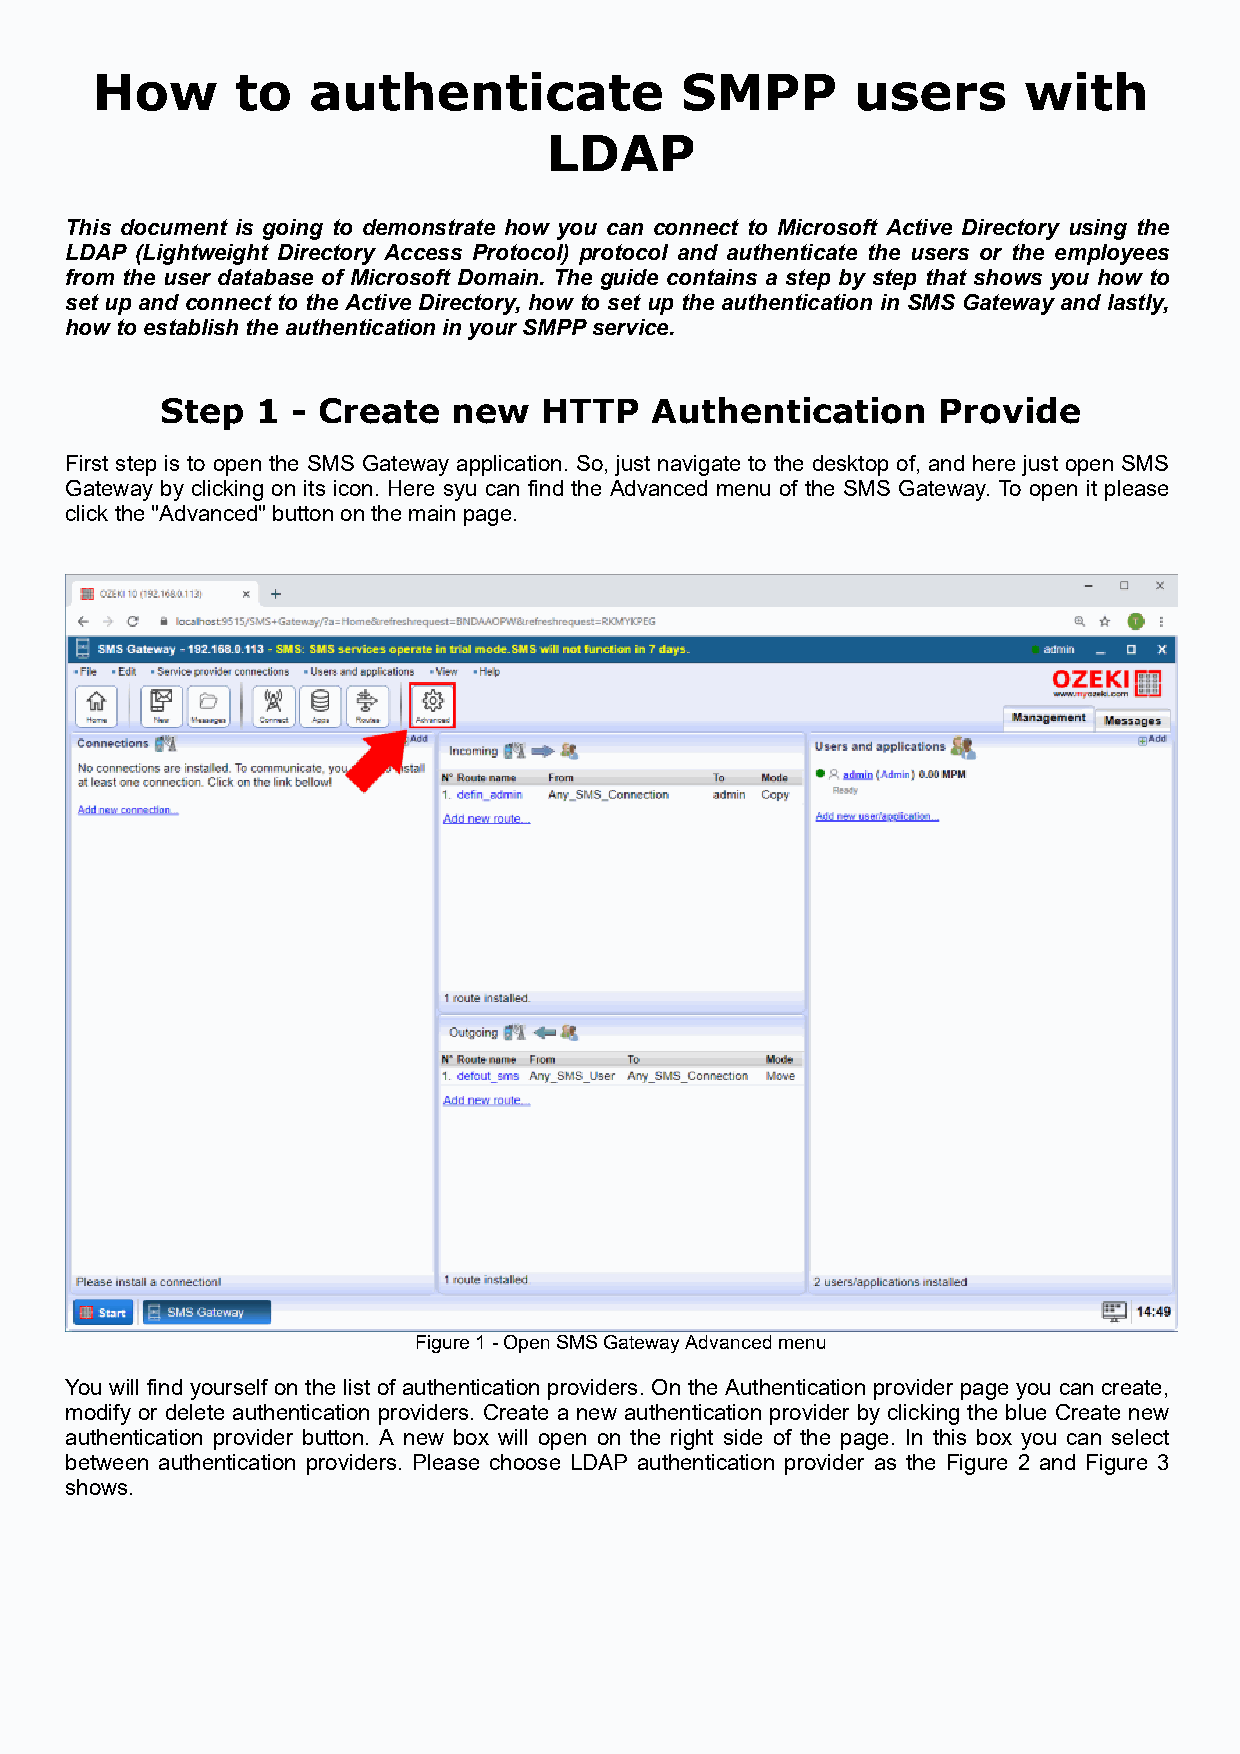
How       to  authenticate             SMPP        users      with
 LDAP
 This document is going to demonstrate how you can connect to Microsoft Active Directory using the
 LDAP (Lightweight Directory Access Protocol) protocol and authenticate the users or the employees
 from the user database of Microsoft Domain. The guide contains a step by step that shows you how to
 set up and connect to the Active Directory, how to set up the authentication in SMS Gateway and lastly,
 how to establish the authentication in your SMPP service.
 Step  1 - Create   new   HTTP   Authentication     Provide
 First step is to open the SMS Gateway application. So, just navigate to the desktop of, and here just open SMS
 Gateway by clicking on its icon. Here syu can find the Advanced menu of the SMS Gateway. To open it please
 click the "Advanced" button on the main page.
 Figure 1 - Open SMS Gateway Advanced menu
 You will find yourself on the list of authentication providers. On the Authentication provider page you can create,
 modify or delete authentication providers. Create a new authentication provider by clicking the blue Create new
 authentication provider button. A new box will open on the right side of the page. In this box you can select
 between authentication providers. Please choose LDAP authentication provider as the Figure 2 and Figure 3
 shows.